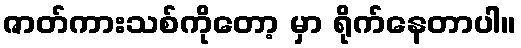
ဇာတ်ကားသစ်ကိုတော့ မှာ ရိုက်နေတာပါ။